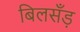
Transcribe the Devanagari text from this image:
बिलसँड़